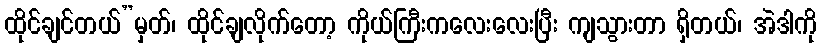
ထိုင်ချင်တယ်”မှတ်၊ ထိုင်ချလိုက်တော့ ကိုယ်ကြီးကလေးလေးပြီး ကျသွားတာ ရှိတယ်၊ အဲဒါကို